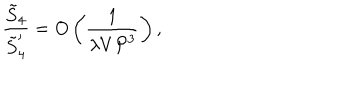
\frac { \tilde { S } _ { 4 } } { \tilde { S } _ { 4 } ^ { \prime } } = O \left( \frac { 1 } { \lambda V { \cal P } ^ { 3 } } \right) ,